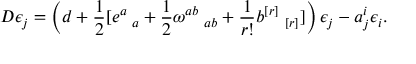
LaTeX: D \epsilon _ { j } = \left( d + \frac { 1 } { 2 } [ e ^ { a } { \bf \Gamma } _ { a } + \frac { 1 } { 2 } \omega ^ { a b } { \bf \Gamma } _ { a b } + \frac { 1 } { r ! } b ^ { [ r ] } { \bf \Gamma } _ { [ r ] } ] \right) \epsilon _ { j } - a _ { j } ^ { i } \epsilon _ { i } .